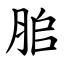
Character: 䏨